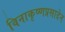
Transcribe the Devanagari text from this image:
विनाकृष्णप्रसादेन